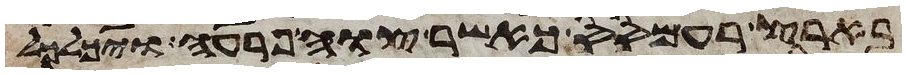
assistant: בארץ רעמסס כאשר צוה פרעה ויכלכל